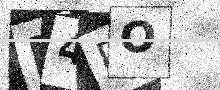
Text: M4RO